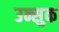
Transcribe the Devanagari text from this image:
उन्सुक